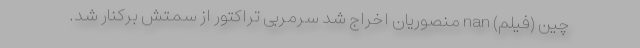
چین (فیلم) nan منصوریان اخراج شد سرمربی تراکتور از سمتش برکنار شد.